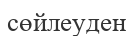
сөйлеуден